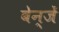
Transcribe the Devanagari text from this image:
बेन्जें